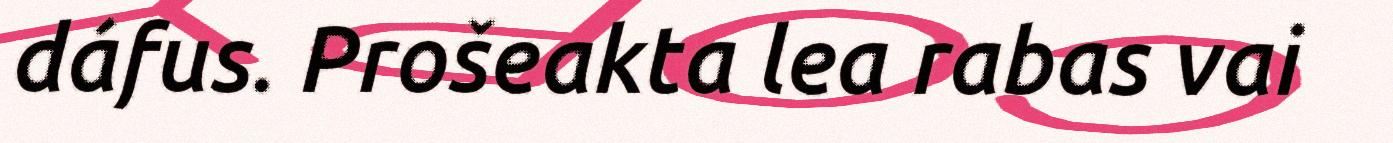
dáfus. Prošeakta lea rabas vai